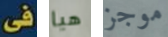
فى هيا موجز